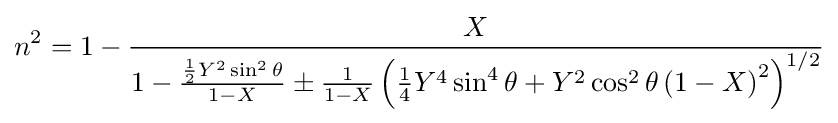
n^{2}=1-{\frac {X}{1-{\frac {{\frac {1}{2}}Y^{2}\sin ^{2}\theta }{1-X}}\pm {\frac {1}{1-X}}\left({\frac {1}{4}}Y^{4}\sin ^{4}\theta +Y^{2}\cos ^{2}\theta \left(1-X\right)^{2}\right)^{1/2}}}